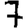
Digit: 7